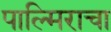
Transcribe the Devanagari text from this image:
पाल्मिराचा